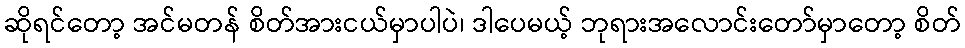
ဆိုရင်တော့ အင်မတန် စိတ်အားငယ်မှာပါပဲ၊ ဒါပေမယ့် ဘုရားအလောင်းတော်မှာတော့ စိတ်